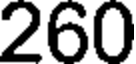
260